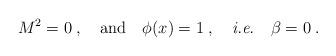
LaTeX: \begin{align*}M^2 = 0 \; , \quad \mbox{and} \quad \phi (x) = 1 \; , \quad \mbox{{\it i.e.}} \quad \beta = 0 \; . \end{align*}